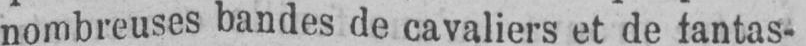
nombreuses bandes de cavaliers et de fantas-